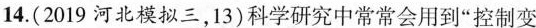
14.(2019河北模拟三，13)科学研究中常常会用到”控制变